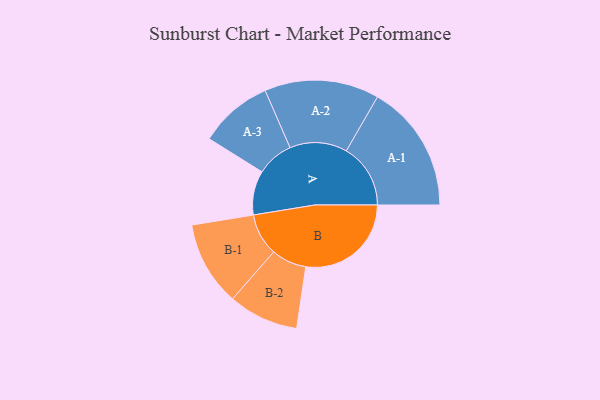
{"axis": {"x": "Segment", "y": "Value"}, "legend": ["", "A", "B"], "data": [{"x": "A", "y": 205, "type": ""}, {"x": "B", "y": 489, "type": ""}, {"x": "A-1", "y": 298, "type": "A"}, {"x": "A-2", "y": 266, "type": "A"}, {"x": "A-3", "y": 171, "type": "A"}, {"x": "B-1", "y": 196, "type": "B"}, {"x": "B-2", "y": 163, "type": "B"}]}